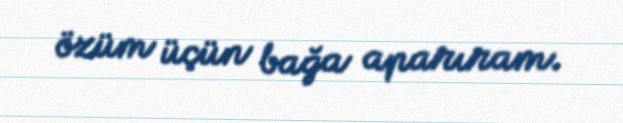
özüm üçün bağa aparıram.